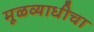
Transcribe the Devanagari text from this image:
मूळव्याधीचा